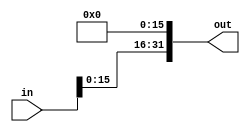
`timescale 1ns / 1ps
//////////////////////////////////////////////////////////////////////////////////
// Company: 
// Engineer: 
// 
// Design Name: 
// Module Name: shift_left_16
// Project Name: 
// Target Devices: 
// Tool Versions: 
// Description: 
// 
// Dependencies: 
// 
// Revision:
// Revision 0.01 - File Created
// Additional Comments:
// 
//////////////////////////////////////////////////////////////////////////////////


module shift_left_16(in,out
); 
parameter size = 32;

input [size-1:0] in;
output [size-1:0] out;

assign out = {in[size-17:0],16'b00000000_00000000}; //change 

endmodule